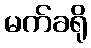
မက်ခရို